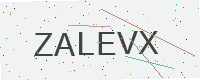
Text: ZALEVX